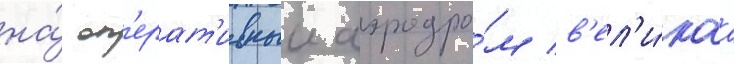
на́ оп'ерат'ивныи аэродро́м в'ел'и́каа